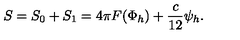
S = S _ { 0 } + S _ { 1 } = 4 \pi F ( \Phi _ { h } ) + { \frac { c } { 1 2 } } \psi _ { h } .